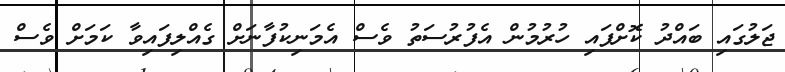
ޖަލުގައި ބައްދު ކޮށްފައި ހުރުމުން އެފުރުސަތު ވެސް އެމަނިކުފާނަށް ގެއްލިފައިވާ ކަމަށް ވެސް